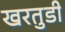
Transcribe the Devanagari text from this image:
खरतुडी